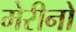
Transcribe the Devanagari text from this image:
मेरीनो